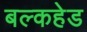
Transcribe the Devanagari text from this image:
बल्‍कहेड